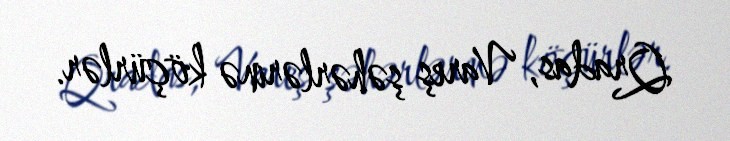
Qradas, Vareş şəhərlərinə köçürlər.